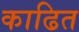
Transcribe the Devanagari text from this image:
काढित